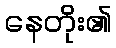
နေတိုး၏